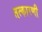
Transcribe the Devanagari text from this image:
तत्कारणी